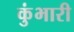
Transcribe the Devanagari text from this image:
कुंभारी